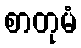
စာတုမံ